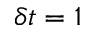
\delta t = 1